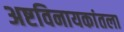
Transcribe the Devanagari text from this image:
अष्टविनायकांतला